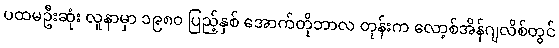
ပထမဦးဆုံး လူနာမှာ ၁၉၈၀ ပြည့်နှစ် အောက်တိုဘာလ တုန်းက လော့စ်အိန်ဂျလိစ်တွင်